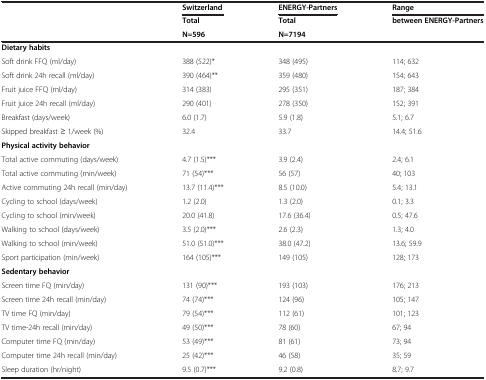
<table><thead><tr><td><b> </b></td><td><b>Switzerland</b></td><td><b>ENERGY-Partners</b></td><td><b>Range</b></td></tr></thead><tbody><tr><td> </td><td><b>Total</b></td><td><b>Total</b></td><td><b>between ENERGY-Partners</b></td></tr><tr><td> </td><td><b>N=596</b></td><td><b>N=7194</b></td><td> </td></tr><tr><td><b>Dietary habits</b></td><td> </td><td> </td><td> </td></tr><tr><td>Soft drink FFQ (ml/day)</td><td>388 (522)*</td><td>348 (495)</td><td>114; 632</td></tr><tr><td>Soft drink 24h recall (ml/day)</td><td>390 (464)**</td><td>359 (480)</td><td>154; 643</td></tr><tr><td>Fruit juice FFQ (ml/day)</td><td>314 (383)</td><td>295 (351)</td><td>187; 384</td></tr><tr><td>Fruit juice 24h recall (ml/day)</td><td>290 (401)</td><td>278 (350)</td><td>152; 391</td></tr><tr><td>Breakfast (days/week)</td><td>6.0 (1.7)</td><td>5.9 (1.8)</td><td>5.1; 6.7</td></tr><tr><td>Skipped breakfast ≥ 1/week (%)</td><td>32.4</td><td>33.7</td><td>14.4; 51.6</td></tr><tr><td><b>Physical activity behavior</b></td><td> </td><td> </td><td> </td></tr><tr><td>Total active commuting (days/week)</td><td>4.7 (1.5)***</td><td>3.9 (2.4)</td><td>2.4; 6.1</td></tr><tr><td>Total active commuting (min/week)</td><td>71 (54)***</td><td>56 (57)</td><td>40; 103</td></tr><tr><td>Active commuting 24h recall (min/day)</td><td>13.7 (11.4)***</td><td>8.5 (10.0)</td><td>5.4; 13.1</td></tr><tr><td>Cycling to school (days/week)</td><td>1.2 (2.0)</td><td>1.3 (2.0)</td><td>0.1; 3.3</td></tr><tr><td>Cycling to school (min/week)</td><td>20.0 (41.8)</td><td>17.6 (36.4)</td><td>0.5; 47.6</td></tr><tr><td>Walking to school (days/week)</td><td>3.5 (2.0)***</td><td>2.6 (2.3)</td><td>1.3; 4.0</td></tr><tr><td>Walking to school (min/week)</td><td>51.0 (51.0)***</td><td>38.0 (47.2)</td><td>13.6; 59.9</td></tr><tr><td>Sport participation (min/week)</td><td>164 (105)***</td><td>149 (105)</td><td>128; 173</td></tr><tr><td><b>Sedentary behavior</b></td><td> </td><td> </td><td> </td></tr><tr><td>Screen time FQ (min/day)</td><td>131 (90)***</td><td>193 (103)</td><td>176; 213</td></tr><tr><td>Screen time 24h recall (min/day)</td><td>74 (74)***</td><td>124 (96)</td><td>105; 147</td></tr><tr><td>TV time FQ (min/day)</td><td>79 (54)***</td><td>112 (61)</td><td>101; 123</td></tr><tr><td>TV time-24h recall (min/day)</td><td>49 (50)***</td><td>78 (60)</td><td>67; 94</td></tr><tr><td>Computer time FQ (min/day)</td><td>53 (49)***</td><td>81 (61)</td><td>73; 94</td></tr><tr><td>Computer time 24h recall (min/day)</td><td>25 (42)***</td><td>46 (58)</td><td>35; 59</td></tr><tr><td>Sleep duration (hr/night)</td><td>9.5 (0.7)***</td><td>9.2 (0.8)</td><td>8.7; 9.7</td></tr></tbody></table>